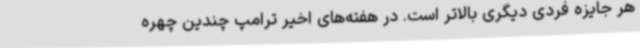
هر جایزه فردی دیگری بالاتر است. در هفته‌های اخیر ترامپ چندین چهره